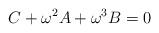
LaTeX: \begin{align*}C+\omega^2 A + \omega^3 B=0\end{align*}